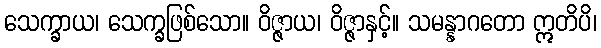
သေက္ခာယ၊ သေက္ခဖြစ်သော။ ဝိဇ္ဇာယ၊ ဝိဇ္ဇာနှင့်။ သမန္နာဂတော ဣတိပိ၊